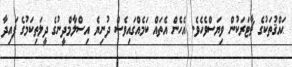
ޙައްޤުތަކުގެ ޗާޓަރަކުން ވިޔަސްވެހެވެ. އެހެން އެތައް ކަމެއްގައިވެސް ދުނިޔެ އިސްލާމްދީނުގެ ދީލަތިކަމުގެ ފައިދާ